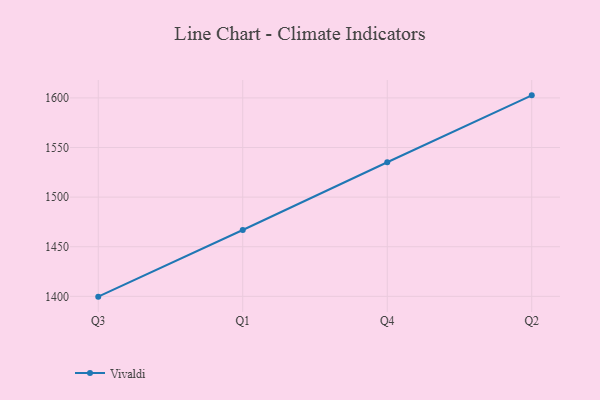
{"axis": {"x": "Quarter", "y": "Bounce Rate (%)"}, "legend": ["Vivaldi"], "data": [{"x": "Q3", "y": 1399.7, "type": "Vivaldi"}, {"x": "Q1", "y": 1466.9, "type": "Vivaldi"}, {"x": "Q4", "y": 1535.2, "type": "Vivaldi"}, {"x": "Q2", "y": 1602.6, "type": "Vivaldi"}]}